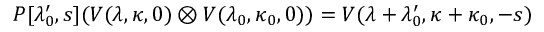
P [ \lambda _ { 0 } ^ { \prime } , s ] ( V ( \lambda , \kappa , 0 ) \otimes V ( \lambda _ { 0 } , \kappa _ { 0 } , 0 ) ) = { V } ( \lambda + \lambda _ { 0 } ^ { \prime } , \kappa + \kappa _ { 0 } , - s )